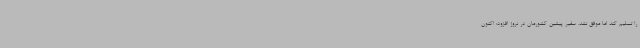
را تسلیم کند اما موفق نشد. سفیر پیشین کشورمان در نروژ افزود: اکنون